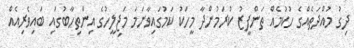
ދިގު މުއްދަތެއްގެ ހުކުމެއް ތަންފީޒު ކުރަމުންދާ މީހަކު ކަމުގައިވާނަމަ މަޖިލީހުގެ އިންތިހާބުގައި ބައިވެރިއެއް